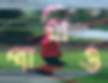
পাত্রীও